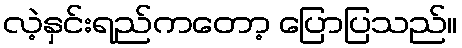
လဲ့နှင်းရည်ကတော့ ပြောပြသည်။